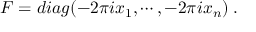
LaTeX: F = d i a g ( - 2 \pi i x _ { 1 } , \cdots , - 2 \pi i x _ { n } ) \; .